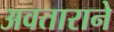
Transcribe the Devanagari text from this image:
अवताराने